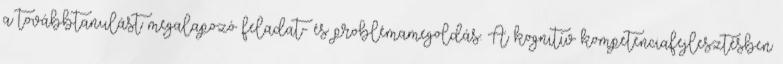
a továbbtanulást megalapozó feladat- és problémamegoldás. A kognitív kompetenciafejlesztésben